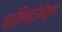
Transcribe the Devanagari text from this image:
पाल्मिटोलेइक